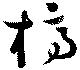
槁